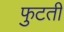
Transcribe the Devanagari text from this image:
फुटती